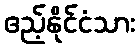
ဧည့်နိုင်ငံသား